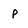
Character: p